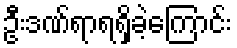
ဦးဒဏ်ရာရရှိခဲ့ကြောင်း